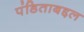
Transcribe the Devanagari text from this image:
पंडिताबद्दल